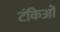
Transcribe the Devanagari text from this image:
टंकिओं